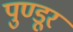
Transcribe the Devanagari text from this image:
पुण्डूर